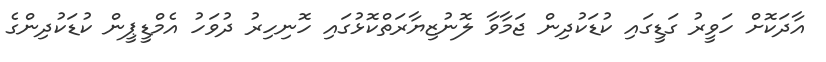
އާދަކޮށް ހަވީރު ގަޑީގައި ކުޑަކުދިން ޖަމާވާ ލޮނުޒިޔާރަތްކޮޅުގައި ހޮނިހިރު ދުވަހު އެމްޑީޕީން ކުޑަކުދިންގެ